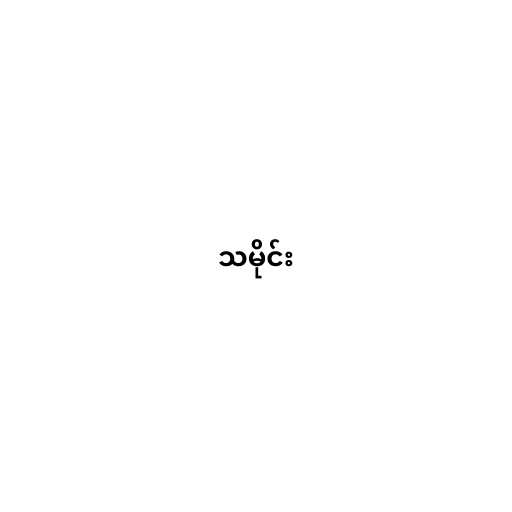
သမိုင်း